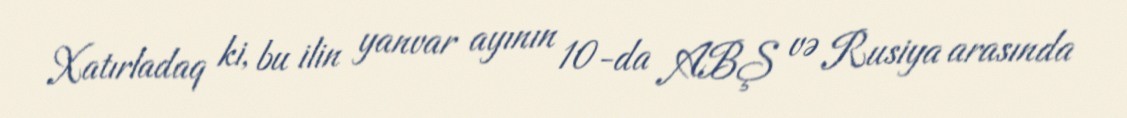
Xatırladaq ki, bu ilin yanvar ayının 10-da ABŞ və Rusiya arasında